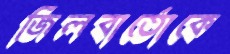
জিলবার্তোকে